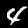
Digit: 4